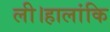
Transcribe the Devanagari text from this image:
ली।हालांकि